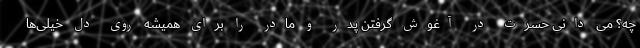
چه؟ می دانی حسرت در آغوش گرفتن پدر و مادر را برای همیشه روی دل خیلی‌ها